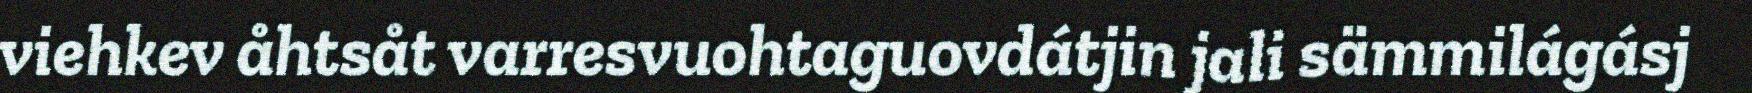
viehkev åhtsåt varresvuohtaguovdátjin jali sämmilágásj